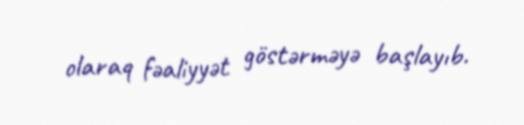
olaraq fəaliyyət göstərməyə başlayıb.